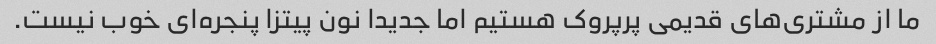
ما از مشتری‌های قدیمی پرپروک هستیم اما جدیدا نون پیتزا پنجره‌ای خوب نیست.